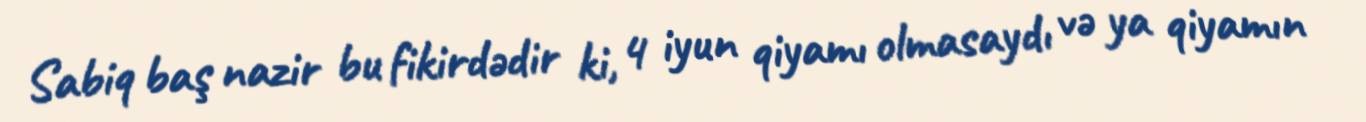
Sabiq baş nazir bu fikirdədir ki, 4 iyun qiyamı olmasaydı və ya qiyamın